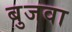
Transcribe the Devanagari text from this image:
बुजवा